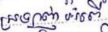
ស្រឡាញ់អំពើ